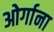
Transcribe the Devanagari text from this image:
ओर्गाना